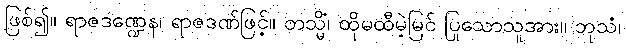
ဖြစ်၍။ ရာဇဒဏ္ဍေန၊ ရာဇဒဏ်ဖြင့်။ တသ္မိံ၊ ထိုမထီမဲ့မြင် ပြုသောသူအား။ ဘုသံ၊